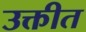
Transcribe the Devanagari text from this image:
उक्तीत